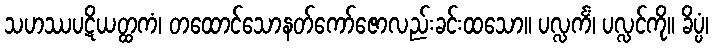
သဟဿပဋိယတ္ထကံ၊ တထောင်သောနတ်ကော်ဇောလည်းခင်းထသော။ ပလ္လင်္ကံ၊ ပလ္လင်ကို။ ခိပ္ပံ၊